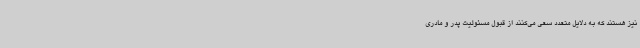
نیز هستند که به دلایل متعدد سعی می‌کنند از قبول مسئولیت پدر و مادری